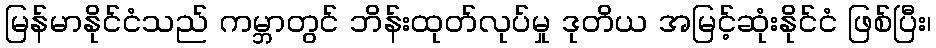
မြန်မာနိုင်ငံသည် ကမ္ဘာတွင် ဘိန်းထုတ်လုပ်မှု ဒုတိယ အမြင့်ဆုံးနိုင်ငံ ဖြစ်ပြီး၊